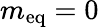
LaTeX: m_{\mathrm{{eq}}}=0